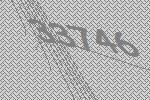
33746